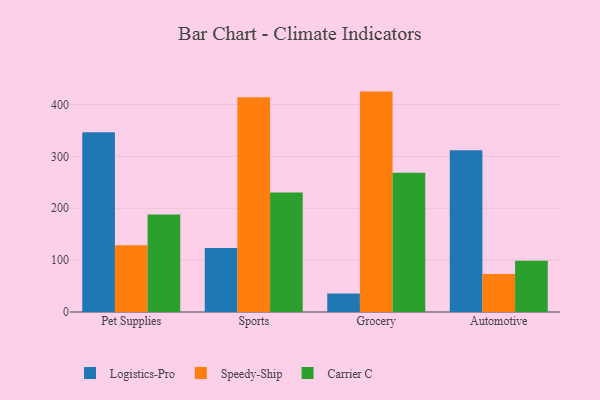
{"axis": {"x": "Category", "y": "Gross Profit (USD K)"}, "legend": ["Carrier C", "Logistics-Pro", "Speedy-Ship"], "data": [{"x": "Pet Supplies", "y": 346.7, "type": "Logistics-Pro"}, {"x": "Pet Supplies", "y": 128.8, "type": "Speedy-Ship"}, {"x": "Pet Supplies", "y": 188.0, "type": "Carrier C"}, {"x": "Sports", "y": 123.2, "type": "Logistics-Pro"}, {"x": "Sports", "y": 413.9, "type": "Speedy-Ship"}, {"x": "Sports", "y": 230.6, "type": "Carrier C"}, {"x": "Grocery", "y": 35.6, "type": "Logistics-Pro"}, {"x": "Grocery", "y": 425.0, "type": "Speedy-Ship"}, {"x": "Grocery", "y": 268.5, "type": "Carrier C"}, {"x": "Automotive", "y": 311.9, "type": "Logistics-Pro"}, {"x": "Automotive", "y": 73.3, "type": "Speedy-Ship"}, {"x": "Automotive", "y": 98.6, "type": "Carrier C"}]}